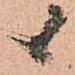
候